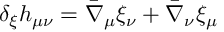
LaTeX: \delta _ { \xi } h _ { \mu \nu } = \bar { \nabla } _ { \mu } \xi _ { \nu } + \bar { \nabla } _ { \nu } \xi _ { \mu }